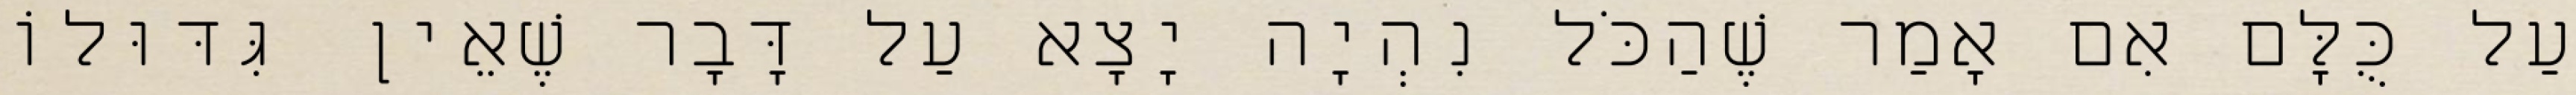
עַל כֻּלָּם אִם אָמַר שֶׁהַכֹּל נִהְיָה יָצָא עַל דָּבָר שֶׁאֵין גִּדּוּלוֹ